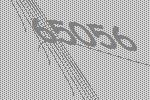
65056